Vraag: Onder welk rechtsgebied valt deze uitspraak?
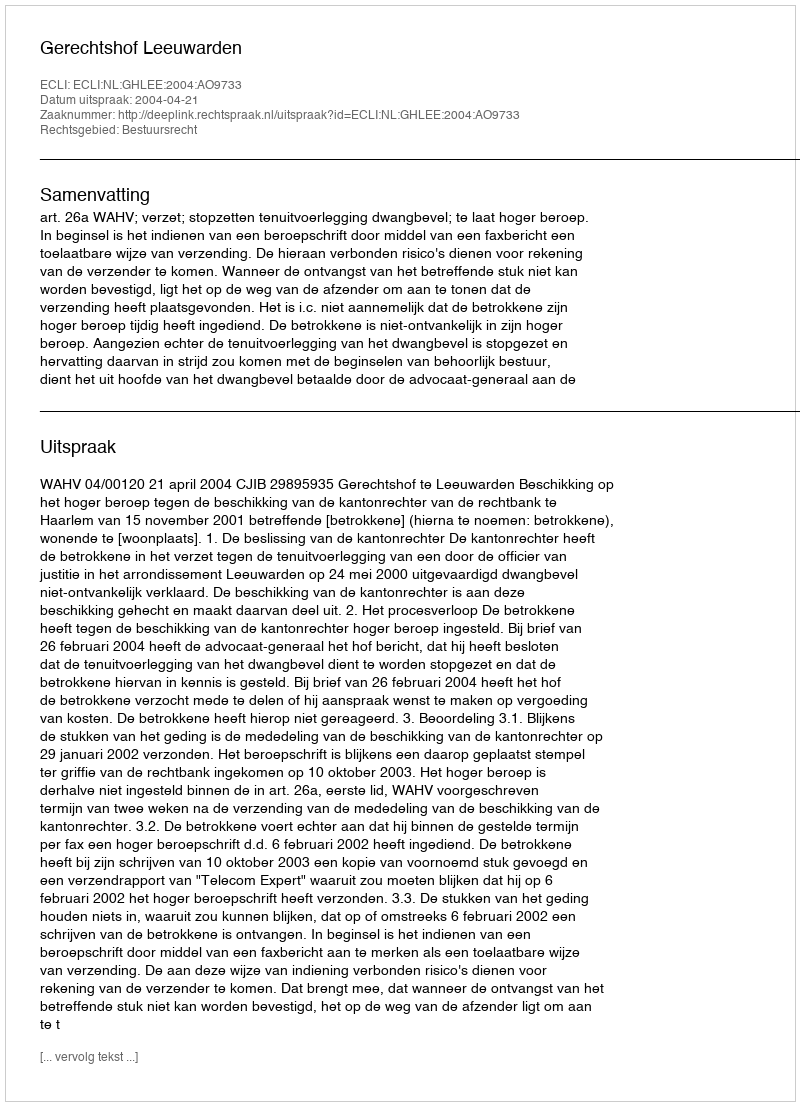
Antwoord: Bestuursrecht